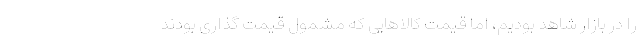
را در بازار شاهد بودیم، اما قیمت کالاهایی که مشمول قیمت گذاری بودند